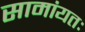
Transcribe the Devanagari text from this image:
सामांयतः